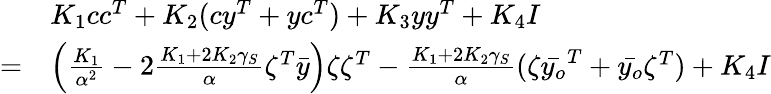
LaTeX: \begin{array}{rl}&{K_{1}cc^{T}+K_{2}(cy^{T}+yc^{T})+K_{3}yy^{T}+K_{4}I}\\ {=}&{\left(\frac{K_{1}}{\alpha^{2}}-2\frac{K_{1}+2K_{2}\gamma_{S}}{\alpha}\zeta^{T}\bar{y}\right)\zeta\zeta^{T}-\frac{K_{1}+2K_{2}\gamma_{S}}{\alpha}(\zeta\bar{y_{o}}^{T}+\bar{y_{o}}\zeta^{T})+K_{4}I}\end{array}